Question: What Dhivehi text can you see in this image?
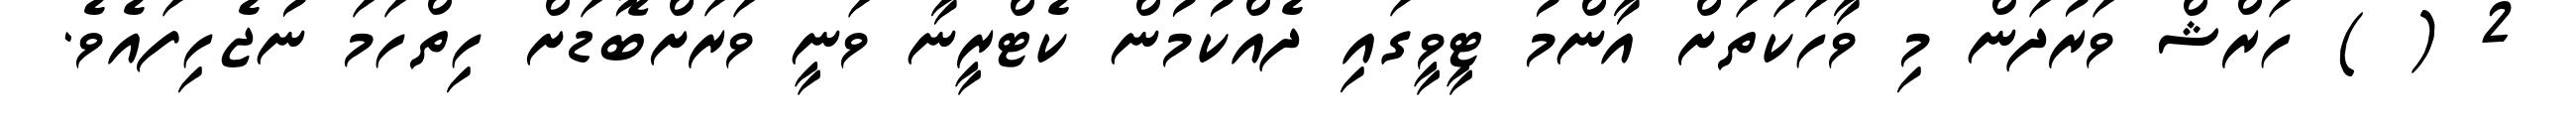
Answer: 2 ( ) ހަރްޝް ވަރުދަން މި ވާހަކަތަށް އާންމު ޓީވީގައި ދެއްކުމުން ކެޓްރީނާ ވަނީ ވަރަށްބޮޑަށް ހިތްހަމަ ނުޖެހިފައެވެ.